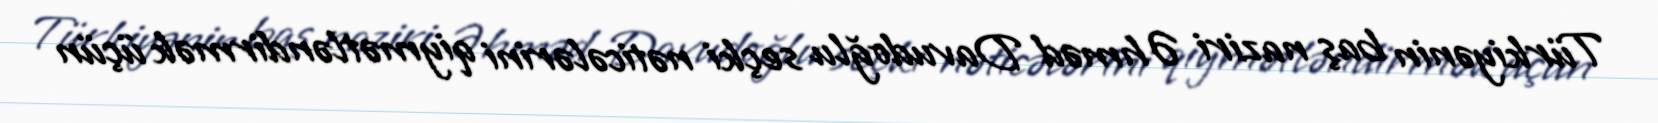
Türkiyənin baş naziri Əhməd Davudoğlu seçki nəticələrini qiymətləndirmək üçün